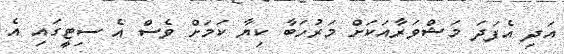
އަދި އެފަދަ މަޝްވަރާއަކަށް މަރުހަބާ ކިޔާ ކަމަށް ވެސް އެ ސިޓީގައި އެ